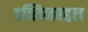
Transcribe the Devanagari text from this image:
डब्लिनबद्दल